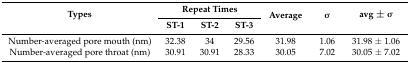
<table><thead><tr><td rowspan="2"><b>Types</b></td><td colspan="3"><b>Repeat Times</b></td><td rowspan="2"><b>Average</b></td><td rowspan="2"><b>σ</b></td><td rowspan="2"><b>avg ± σ</b></td></tr><tr><td><b>ST-1</b></td><td><b>ST-2</b></td><td><b>ST-3</b></td></tr></thead><tbody><tr><td>Number-averaged pore mouth (nm)</td><td>32.38</td><td>34</td><td>29.56</td><td>31.98</td><td>1.06</td><td>31.98 ± 1.06</td></tr><tr><td>Number-averaged pore throat (nm)</td><td>30.91</td><td>30.91</td><td>28.33</td><td>30.05</td><td>7.02</td><td>30.05 ± 7.02</td></tr></tbody></table>